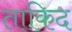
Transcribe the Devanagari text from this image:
ताकिद